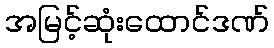
အမြင့်ဆုံးထောင်ဒဏ်